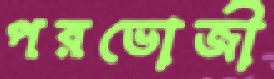
পরভোজী